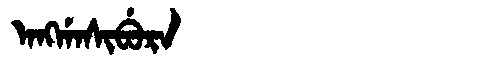
Manchu: ᠠᠩᡤᠠᠰᡳᠪᡠᡵᠠ
Romanization: ANGGASIBURA